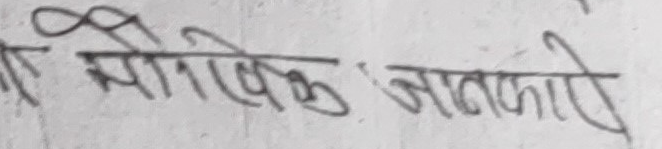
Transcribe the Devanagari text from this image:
स्याखिक जानकारी